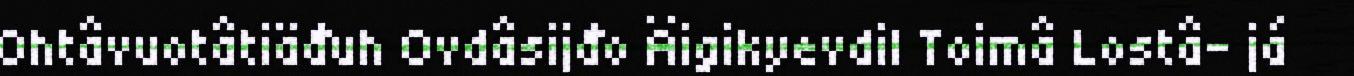
Ohtâvuotâtiäđuh Ovdâsijđo Äigikyevdil Toimâ Lostâ- já